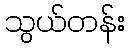
သွယ်တန်း